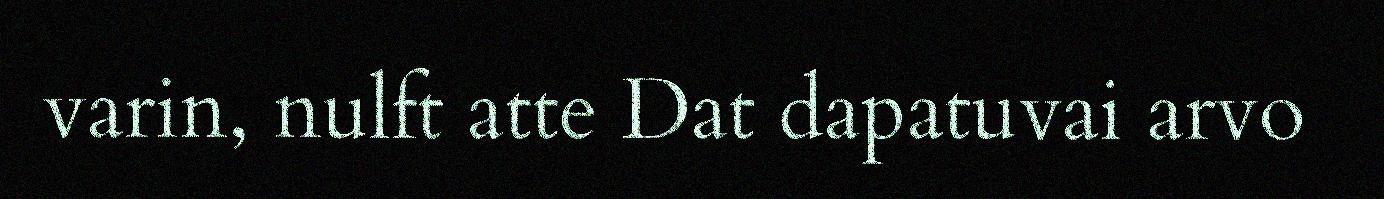
varin, nulft atte Dat dapatuvai arvo